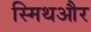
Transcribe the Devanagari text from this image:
स्मिथऔर